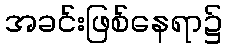
အခင်းဖြစ်နေရာ၌